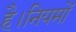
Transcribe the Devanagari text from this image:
है।नियमों